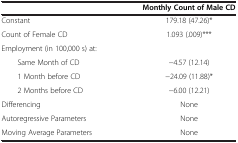
<table><thead><tr><td><b> </b></td><td><b>Monthly Count of Male CD</b></td></tr></thead><tbody><tr><td>Constant</td><td>179.18 (47.26)*</td></tr><tr><td>Count of Female CD</td><td>1.093 (.009)***</td></tr><tr><td>Employment (in 100,000 s) at:</td><td> </td></tr><tr><td>Same Month of CD</td><td>-4.57 (12.14)</td></tr><tr><td>1 Month before CD</td><td>-24.09 (11.88)*</td></tr><tr><td>2 Months before CD</td><td>-6.00 (12.21)</td></tr><tr><td>Differencing</td><td>None</td></tr><tr><td>Autoregressive Parameters</td><td>None</td></tr><tr><td>Moving Average Parameters</td><td>None</td></tr></tbody></table>